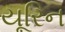
યૂરિન